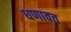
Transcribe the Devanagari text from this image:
धणावत